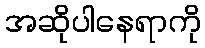
အဆိုပါနေရာကို